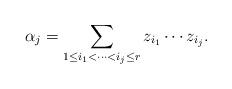
LaTeX: \begin{align*}\alpha_j = \sum_{1\leq i_1 < \cdots < i_j \leq r} z_{i_1}\cdots z_{i_j}. \end{align*}